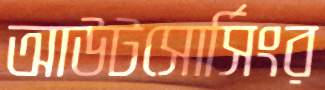
আউটসোর্সিংর